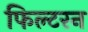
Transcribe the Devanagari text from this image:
फिल्टरन